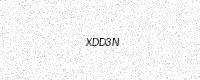
Text: XDD3N